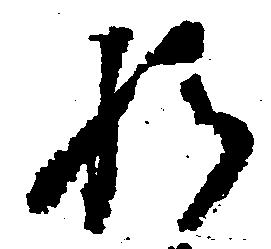
れ